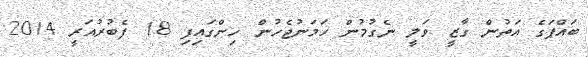
ބައްޕަގެ އަތުން ގާޒީ ވަލީ ނެގުމުން ހަމަނުޖެހުން ހިންގައިފި 18 ފެބުރުއަރީ 2014